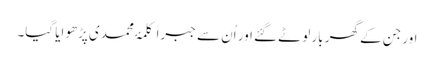
اور جن کے گھر بار لوٹے گئے اور اُن سے جبراً کلمۂ محمدی پڑھوایا گیا۔